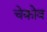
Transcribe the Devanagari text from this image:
चेकोव